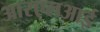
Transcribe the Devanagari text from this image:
आरएलआई